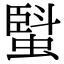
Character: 𧏆